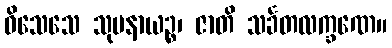
ဝိသေသေ သုမနာယဉ္စ၊ ဇာတိ သင်္ခတလက္ခဏေ။